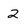
Character: 2